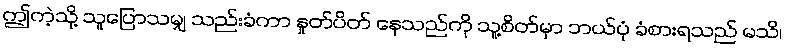
ဤကဲ့သို့ သူပြောသမျှ သည်းခံကာ နှုတ်ပိတ် နေသည်ကို သူ့စိတ်မှာ ဘယ်ပုံ ခံစားရသည် မသိ၊